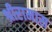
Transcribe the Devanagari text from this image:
श्रीरामास